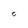
Character: C